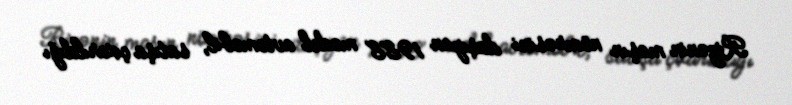
Rizənin maşın nömrəsini daşıyan 1988 model avtomobil, satışa çıxarıldığı